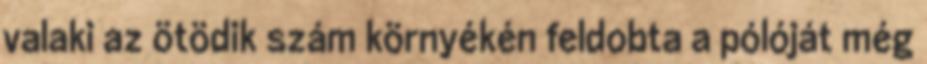
valaki az ötödik szám környékén feldobta a pólóját még